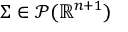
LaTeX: \Sigma \in { \mathcal { P } } ( \mathbb { R } ^ { n + 1 } )